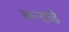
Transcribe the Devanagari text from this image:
कऱ्हाड़े